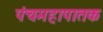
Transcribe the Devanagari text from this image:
पंचमहापातक